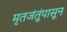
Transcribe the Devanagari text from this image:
मृतजंतूंपासून